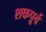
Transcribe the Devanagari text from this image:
शकपूर्व